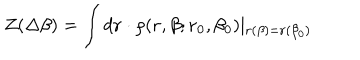
Z ( \Delta \beta ) = \int d { \bf r } \cdot \rho ( { \bf r } , \beta ; { \bf r } _ { 0 } , \beta _ { 0 } ) \mid _ { { \bf r } ( \beta ) = { \bf r } ( \beta _ { 0 } ) }